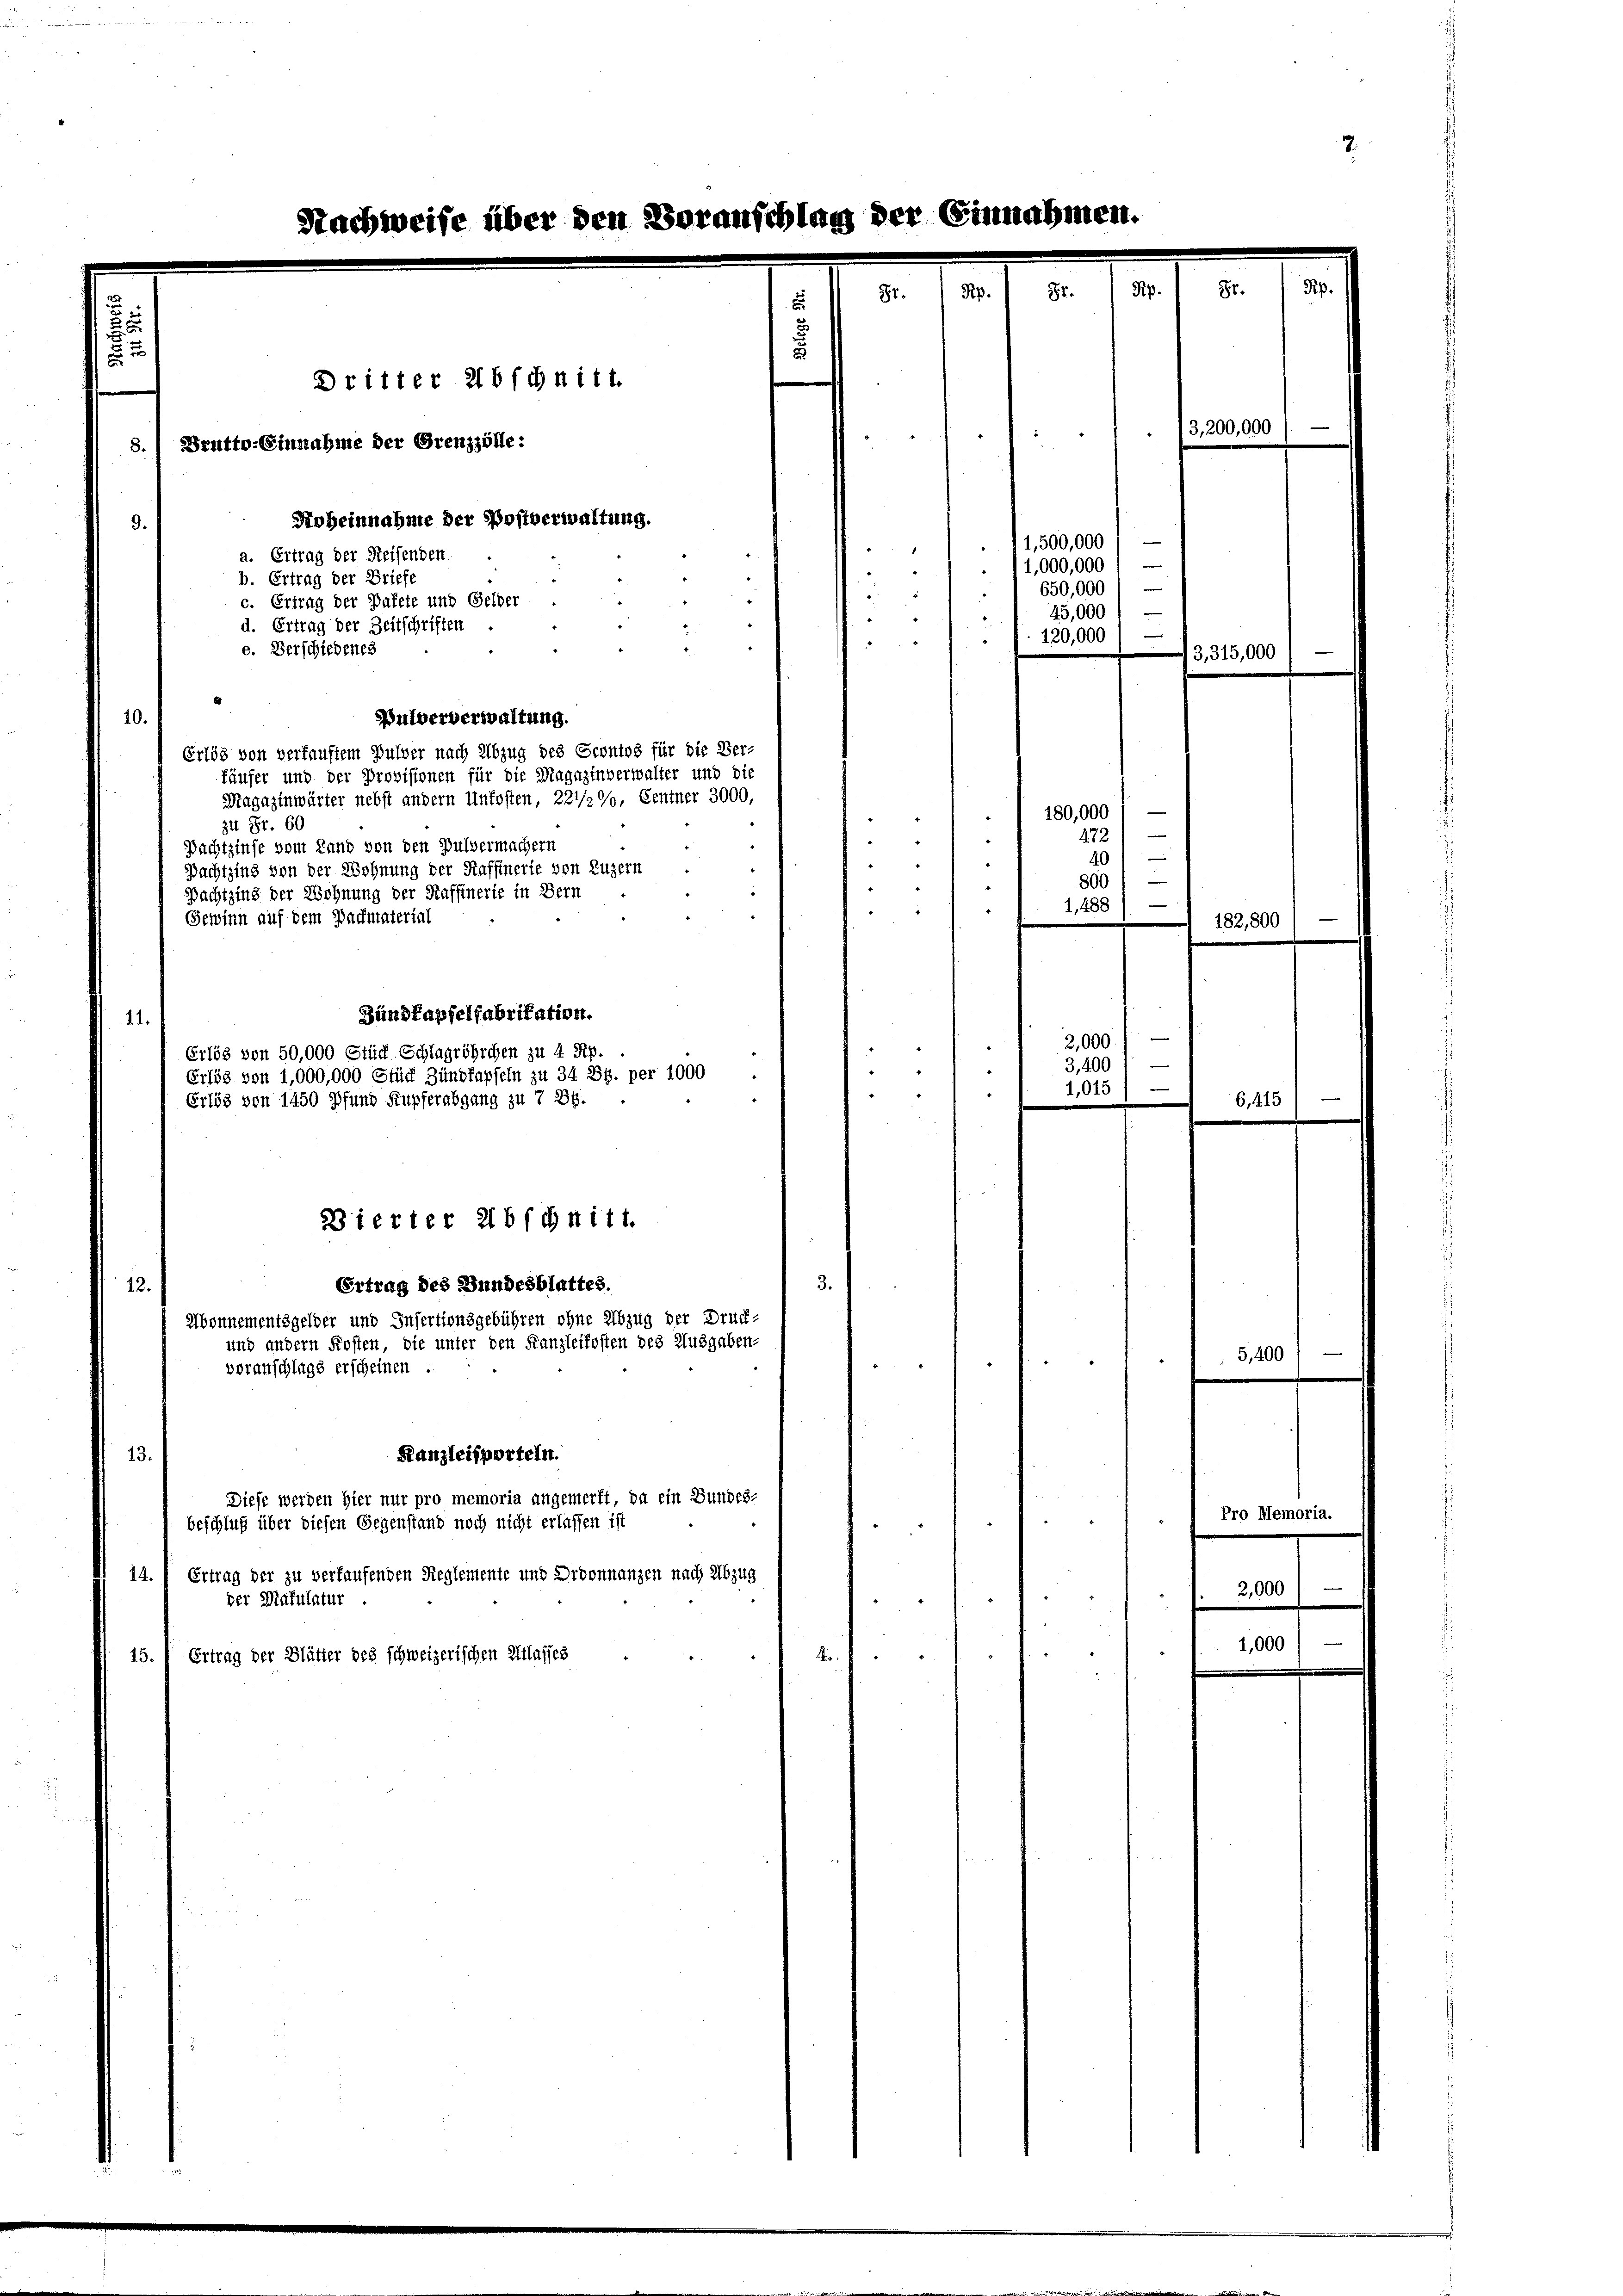
Bulververwaltung.
Erlös von verfauftem Pulver nach Abzug des Scontos für die Ver-
fäufer und der Provisionen für die Magazinverwalter und die
Magazinwärter nebst andern Unkosten, 227/2%, Centner 3000,
zit Fr. 60
Pachtzinse vom Land von den Pulvermachern
40
Pachtzins von der Wohnung der Raffinerte von Luzern
800
Pachtzing der Wohnung der Raffinerie in Bern
1,488
Gewinn auf dem Bachmaterial
Bundkapfelfabrikation.
2,000.
Erlös von 50,000 Stück Schlagröhrchen zu 4 Rp.
3,400
Erlös von 1,000,000 Stück Zündfapfeln zu 34 Bs. per 1000
1,015
.
Erlös von 1450 Pfund Kupferabgang zu 7 BG.
Dierter abschnitt.
3.
Ertrag des Bundesblattes.
Abonnementsgelder und Infertionsgebühren ohne Abzug der Druck-
und andern Kosten, die unter den Franzleifosten des Ausgaben-
voranschlags erscheinen :

12.
Kanzleisporteln.
13.
Diese werden hier nur pro memoria angemerkt, da ein Bundes-
beschluß über diesen Gegenstand noch nicht erlassen ist
Ertrag der zu verlaufenden Reglemente und Droonnanzen nach Abzug
14.
der Matulatur
15.) Ertrag der Blätter des schweizerischen Atlasses

ichweise über den Voranschlag der Einnahme

Dritter 216 fchnitt.
Brutto-Einnahme der Grenzzölle:
Hoheinnahme der Postverwaltung.
a. Ertrag der Reisenden
b. Ertrag der Briefe
c. Ertrag der Pakete und Gelder
d. Ertrag der Zeitschriften
e. Verschiedenes

u

z
1
650,000
45,000
e
120,000
180,000
472

11,500,000
1,000,000

—
e

3,200,000

13,315,000

182,800

6,4)

5,400

Pro Memo
2,000
1,000